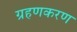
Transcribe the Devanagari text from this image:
ग्रहणकरण